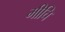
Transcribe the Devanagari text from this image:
मीचि